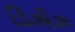
ડિઝીઝ